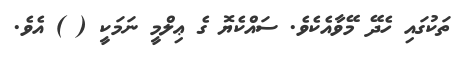
ތަކުގައި ހެދޭ މޭވާއެކެވެ. ސައްކެޔޮ ގެ ޢިލްމީ ނަމަކީ ( ) އެވެ.